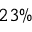
2 3 \%